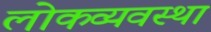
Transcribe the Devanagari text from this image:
लोकव्यवस्था